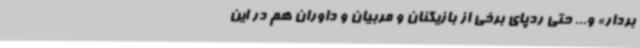
بردار» و... حتی ردپای برخی از بازیکنان و مربیان و داوران هم در این